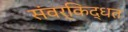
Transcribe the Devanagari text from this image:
संवर्किद्धत